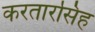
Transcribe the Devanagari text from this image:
करतारसिंह